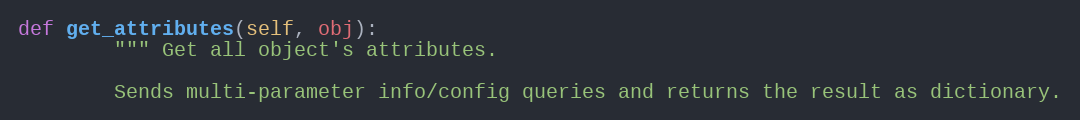
Language: Python
def get_attributes(self, obj):
        """ Get all object's attributes.

        Sends multi-parameter info/config queries and returns the result as dictionary.